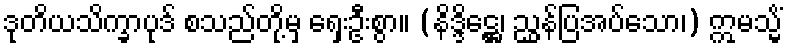
ဒုတိယသိက္ခာပုဒ် စသည်တို့မှ ရှေးဦးစွာ။ (နိဒ္ဒိဋ္ဌေ၊ ညွှန်ပြအပ်သော၊) ဣမသ္မိံ